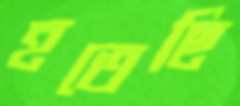
হতেছি